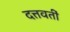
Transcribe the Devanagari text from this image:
दत्तवतीं